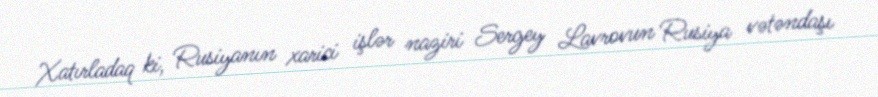
Xatırladaq ki, Rusiyanın xarici işlər naziri Sergey Lavrovun Rusiya vətəndaşı